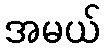
အမယ်